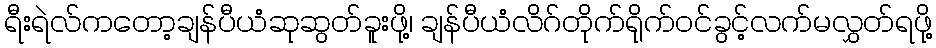
ရီးရဲလ်ကတော့ချန်ပီယံဆုဆွတ်ခူးဖို့၊ ချန်ပီယံလိဂ်တိုက်ရိုက်ဝင်ခွင့်လက်မလွှတ်ရဖို့